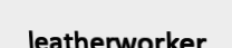
leatherworker